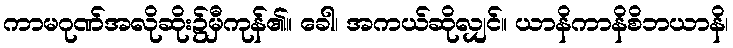
ကာမဂုဏ်အလိုဆိုး၌မှီကုန်၏။ ခေါ၊ အကယ်ဆိုလျှင်။ ယာနိကာနိစိဘယာနိ၊